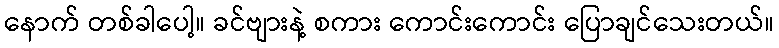
နောက် တစ်ခါပေါ့။ ခင်ဗျားနဲ့ စကား ကောင်းကောင်း ပြောချင်သေးတယ်။